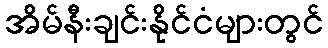
အိမ်နီးချင်းနိုင်ငံများတွင်